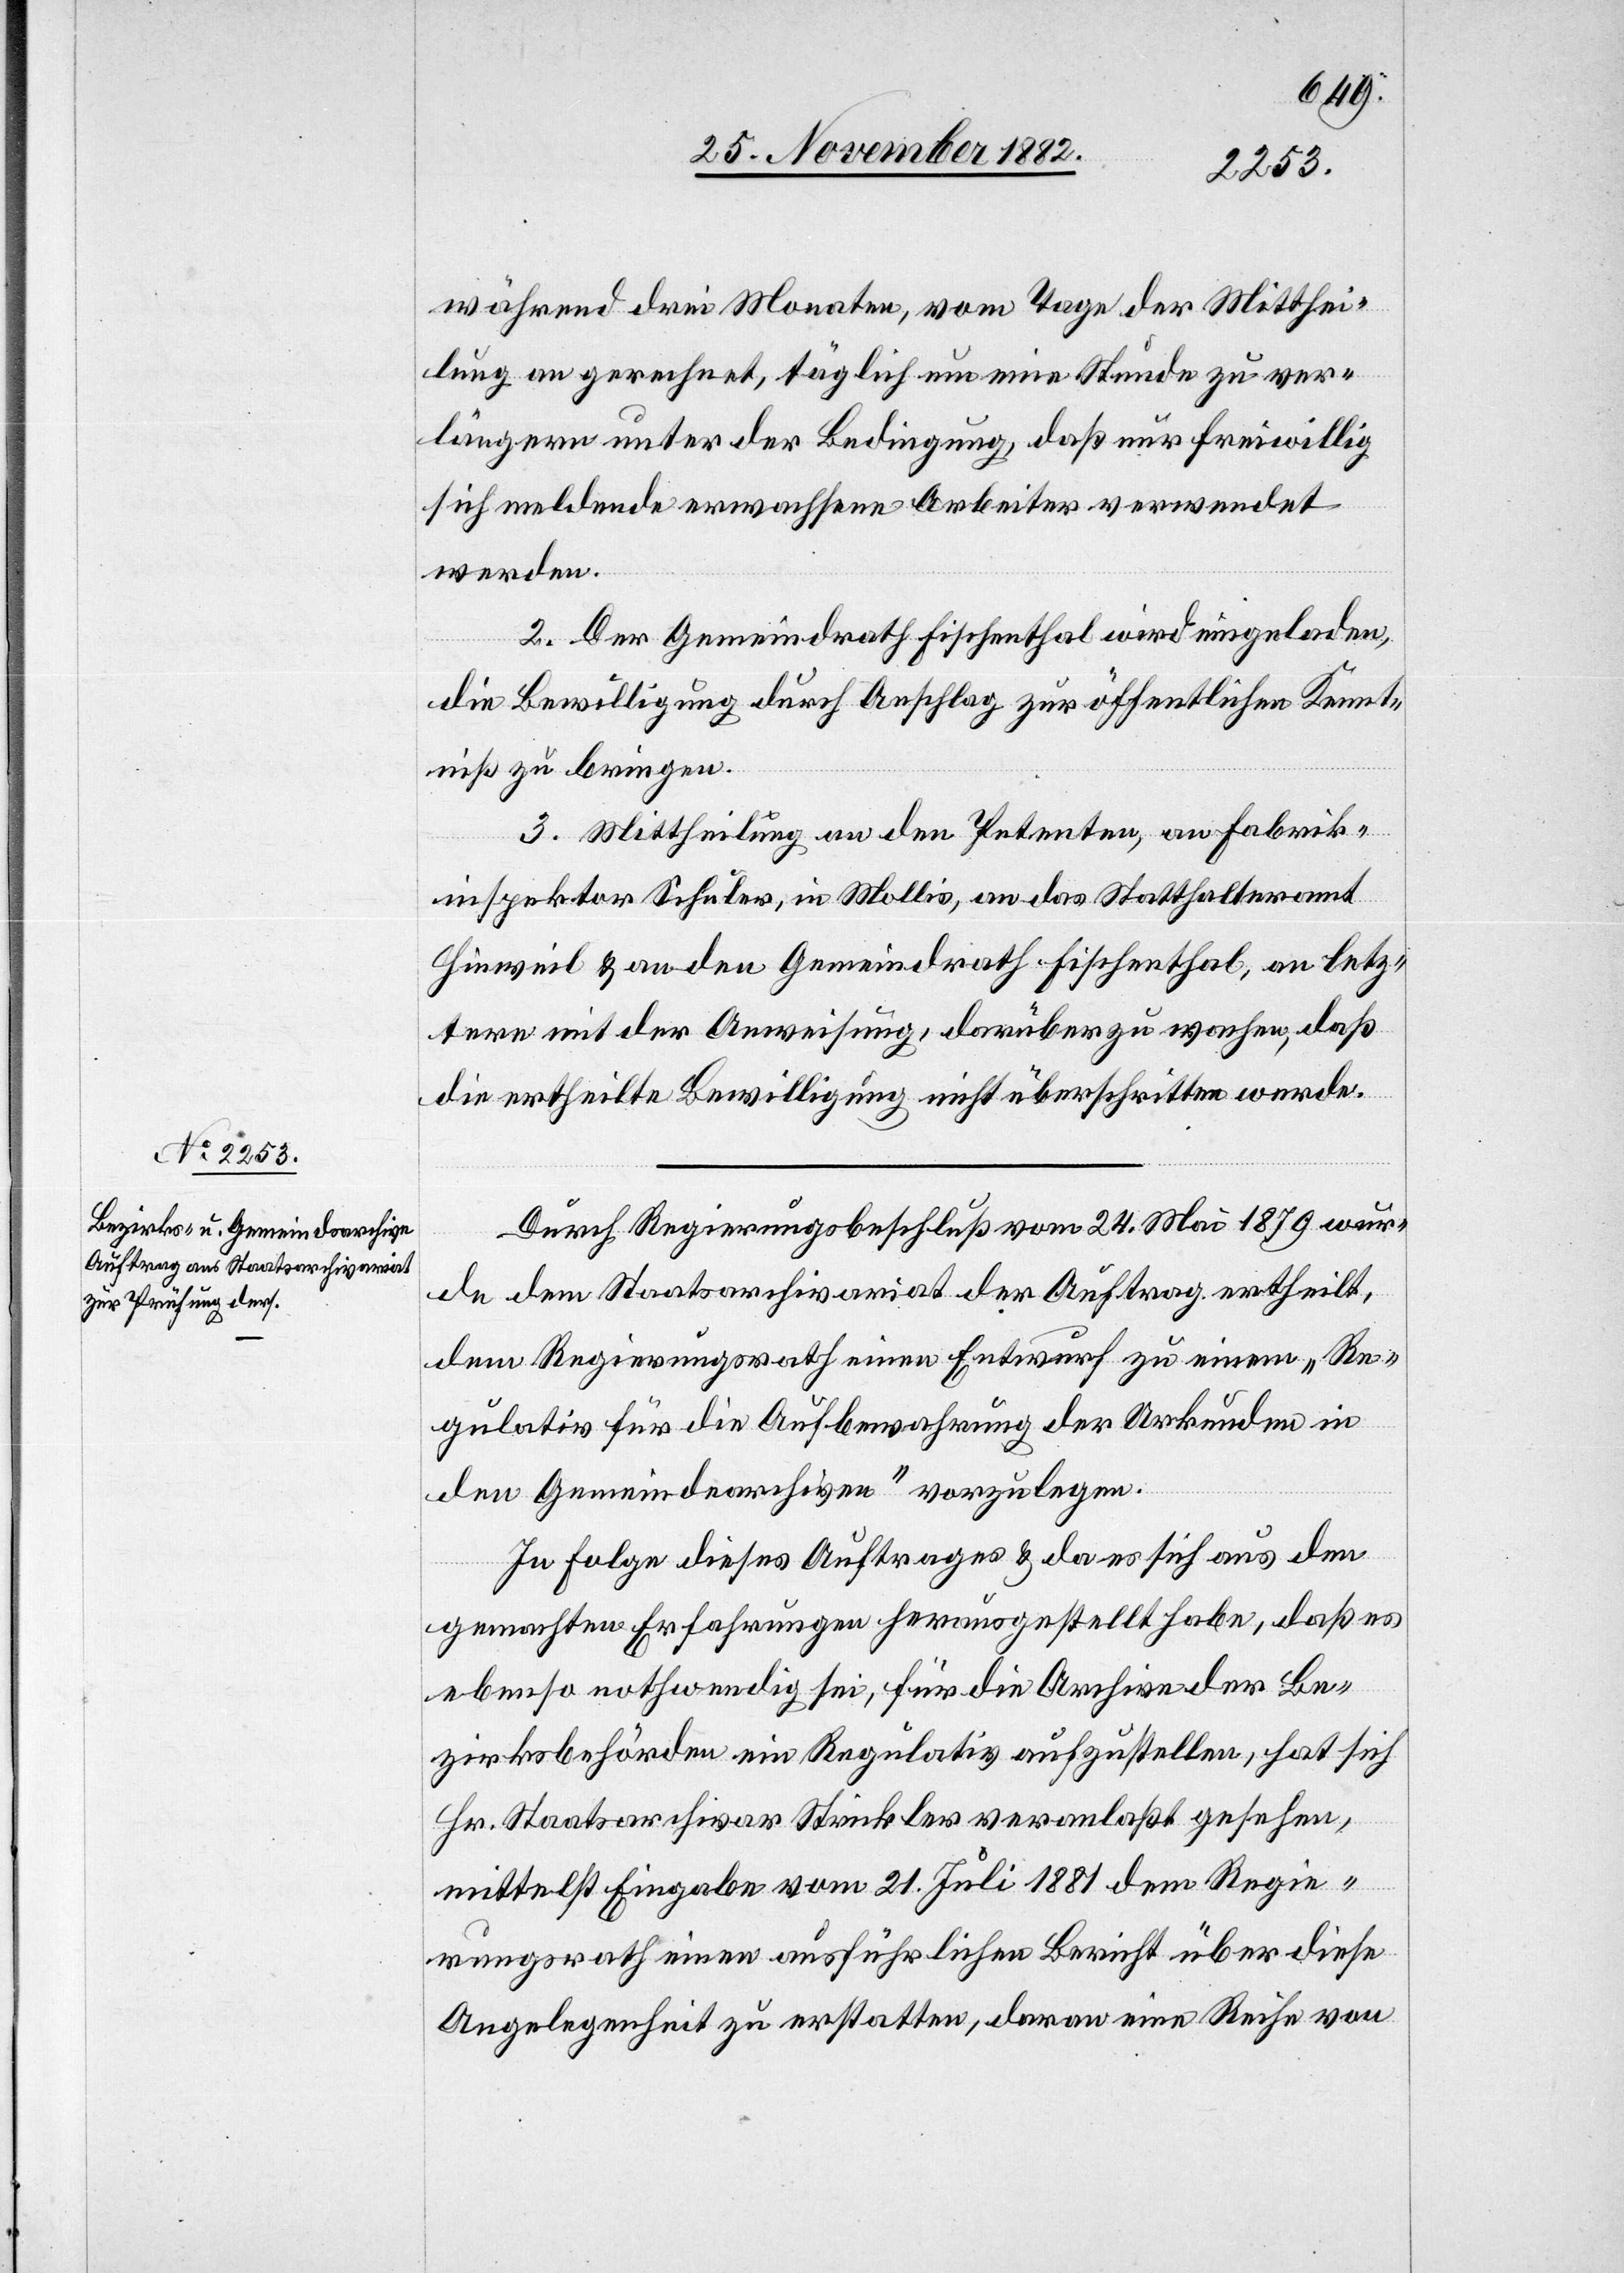
während drei Monaten, vom Tage der Mitthei¬
lung an gerechnet, täglich um eine Stunde zu ver¬
längern unter der Bedingung, daß nur freiwillig
sich meldende erwachsene Arbeiter verwendet
werden.
2. Der Gemeindrath Fischenthal wird eingeladen,
die Bewilligung durch Anschlag zur öffentlichen Kennt¬
niß zu bringen.
3. Mittheilung an den Petenten, an Fabrik¬
inspektor Schuler, in Mollis, an das Statthalteramt
Hinweil & an den Gemeindrath Fischenthal, an letz¬
tern mit der Anweisung, darüber zu wachen, daß
die ertheilte Bewilligung nicht überschritten werde.
Durch Regierungsbeschluß vom 24. Mai 1879 wur¬
de dem Staatsarchivariat der Auftrag ertheilt,
dem Regierungsrath einen Entwurf zu einem „Re¬
gulativ für die Aufbewahrung der Urkunden in
den Gemeindearchiven“ vorzulegen.
In Folge dieses Auftrages & da es sich aus den
gemachten Erfahrungen herausgestellt habe, daß es
ebenso nothwendig sei, für die Archive der Be¬
zirksbehörden ein Regulativ aufzustellen, hat sich
Hr. Staatsarchivar Strickler veranlaßt gesehen,
mittelst Eingabe vom 21. Juli 1881 dem Regie¬
rungsrath einen ausführlichen Bericht über diese
Angelegenheit zu erstatten, daran eine Reihe von